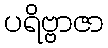
ပရိဗ္ဗာဇာ